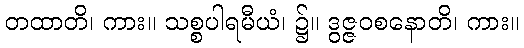
တထာတိ၊ ကား။ သစ္စပါရမီယံ၊ ၌။ ဒွဇ္ဇဝစနောတိ၊ ကား။